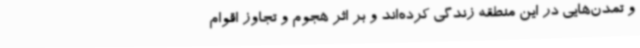
و تمدن‌هایی در این منطقه زندگی کرده‌اند و بر اثر هجوم و تجاوز اقوام